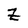
Character: Z